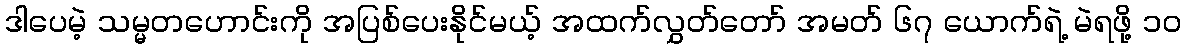
ဒါပေမဲ့ သမ္မတဟောင်းကို အပြစ်ပေးနိုင်မယ့် အထက်လွှတ်တော် အမတ် ၆၇ ယောက်ရဲ့ မဲရဖို့ ၁၀